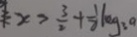
x > \frac { 3 } { 2 } + \frac { 1 } { 2 } \log _ { 3 } a